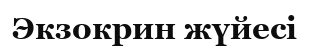
Экзокрин жүйесі